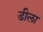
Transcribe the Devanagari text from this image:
डीला